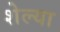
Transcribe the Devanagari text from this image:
शेल्या